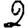
Digit: 2